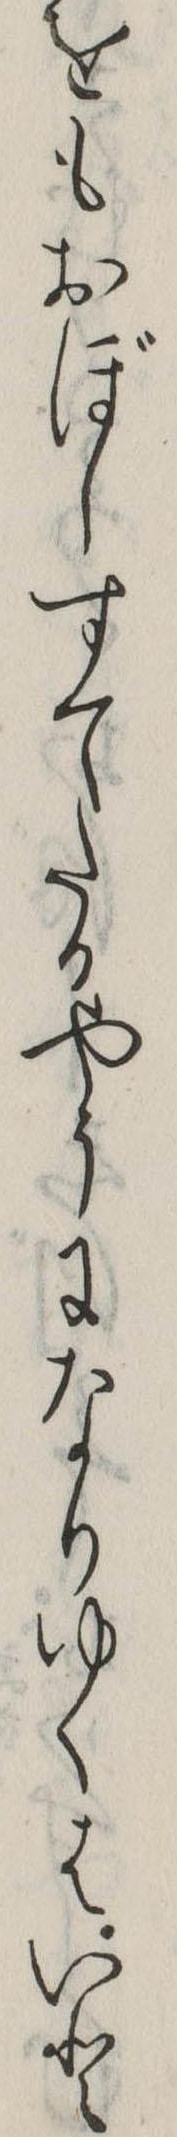
をもおぼしすてたるやうになりゆくはいと